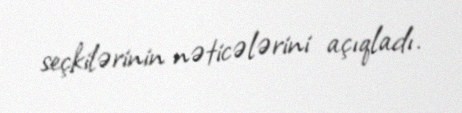
seçkilərinin nəticələrini açıqladı.